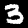
Digit: 3